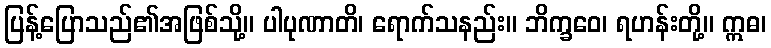
ပြန့်ပြောသည်၏အဖြစ်သို့။ ပါပုဏာတိ၊ ရောက်သနည်း။ ဘိက္ခဝေ၊ ရဟန်းတို့။ ဣဓ၊